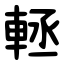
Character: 䡕